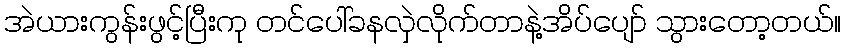
အဲယားကွန်းဖွင့်ပြီးကု တင်ပေါ်ခနလှဲလိုက်တာနဲ့အိပ်ပျော် သွားတော့တယ်။